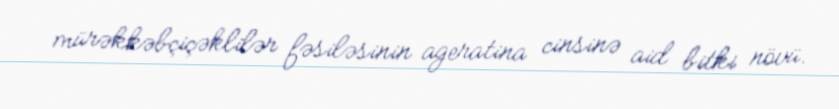
mürəkkəbçiçəklilər fəsiləsinin ageratina cinsinə aid bitki növü.